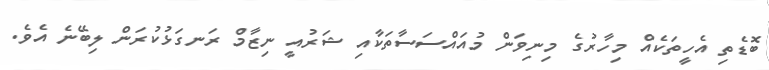
ބޮޑެތި އެހީތަކެއް މިހާރުގެ މިނިވަން މުއައްސަސާތަކާއި ޝަރުއީ ނިޒާމް ރަނގަޅުކުރަން ލިބޭނެ އެވެ.